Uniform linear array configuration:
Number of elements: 64
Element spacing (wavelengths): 0.75
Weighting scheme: cosine
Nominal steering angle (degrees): -30
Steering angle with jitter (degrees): -29.771
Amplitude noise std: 0.05
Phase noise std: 0.05

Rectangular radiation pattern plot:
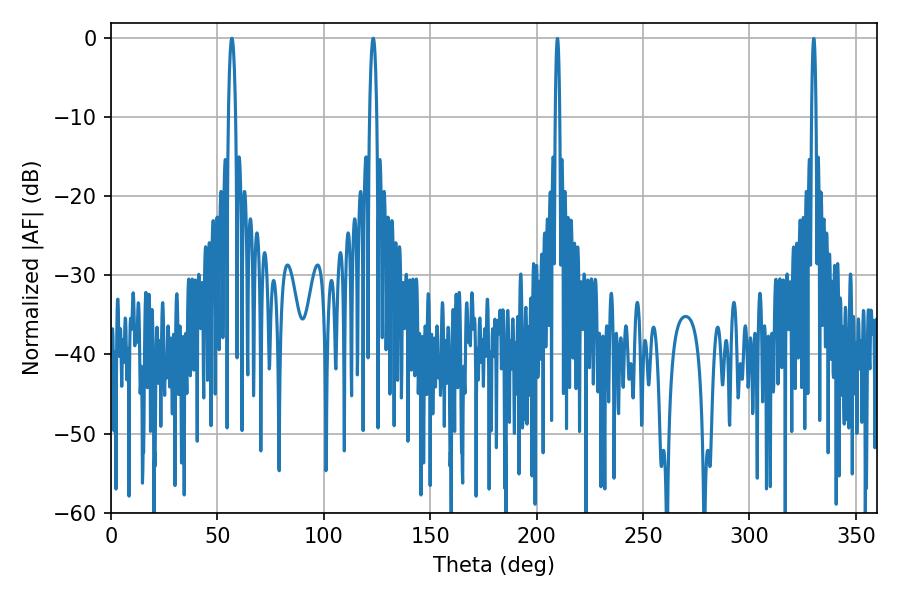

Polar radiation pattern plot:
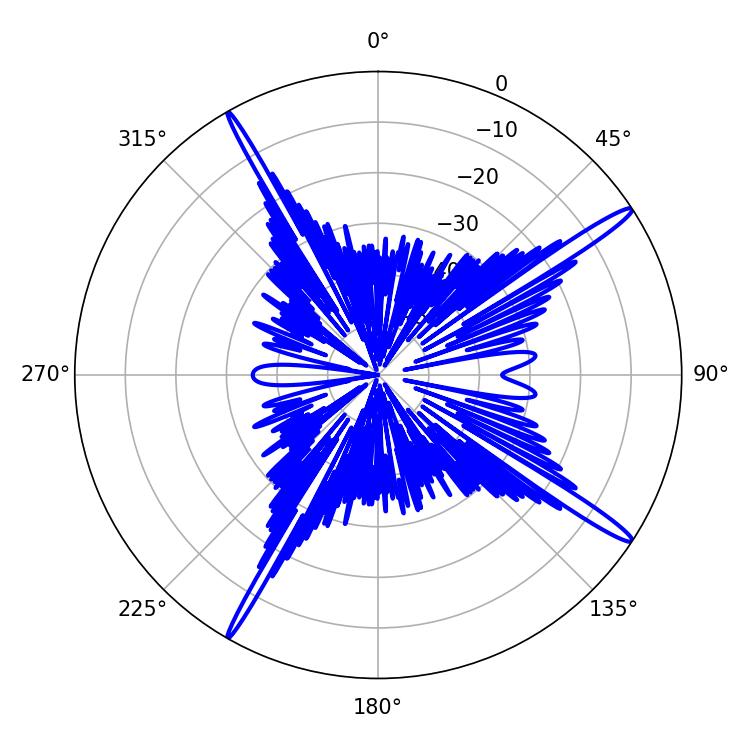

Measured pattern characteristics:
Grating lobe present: TRUE
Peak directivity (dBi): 16.949
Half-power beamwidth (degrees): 1.98
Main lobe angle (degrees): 56.88